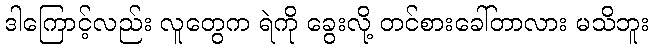
ဒါကြောင့်လည်း လူတွေက ရဲကို ခွေးလို့ တင်စားခေါ်တာလား မသိဘူး